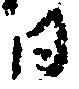
日